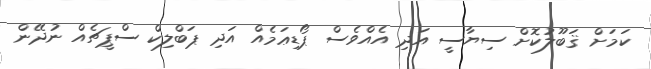
ކަމަށް ޤަބޫލުކޮށް ސިޔާސީ އަދި އެއްވެސް ޕޯޑިޢަމެއް އަދި ޕަބްލިކް ސްޕީޗެއް ނުދޭން